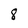
Character: 8